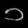
Digit: ၁